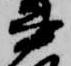
書